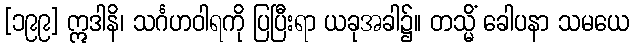
[၁၉၉] ဣဒါနိ၊ သင်္ဂဟဝါရကို ပြပြီးရာ ယခုအခါ၌။ တသ္မိံ ခေါပနာ သမယေ